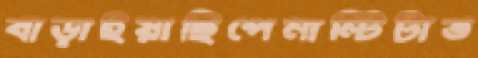
বাড়াইয়াছিপেনাল্টিটাভ